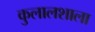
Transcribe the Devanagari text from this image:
कुलालशाला